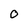
Character: O